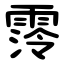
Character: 霗